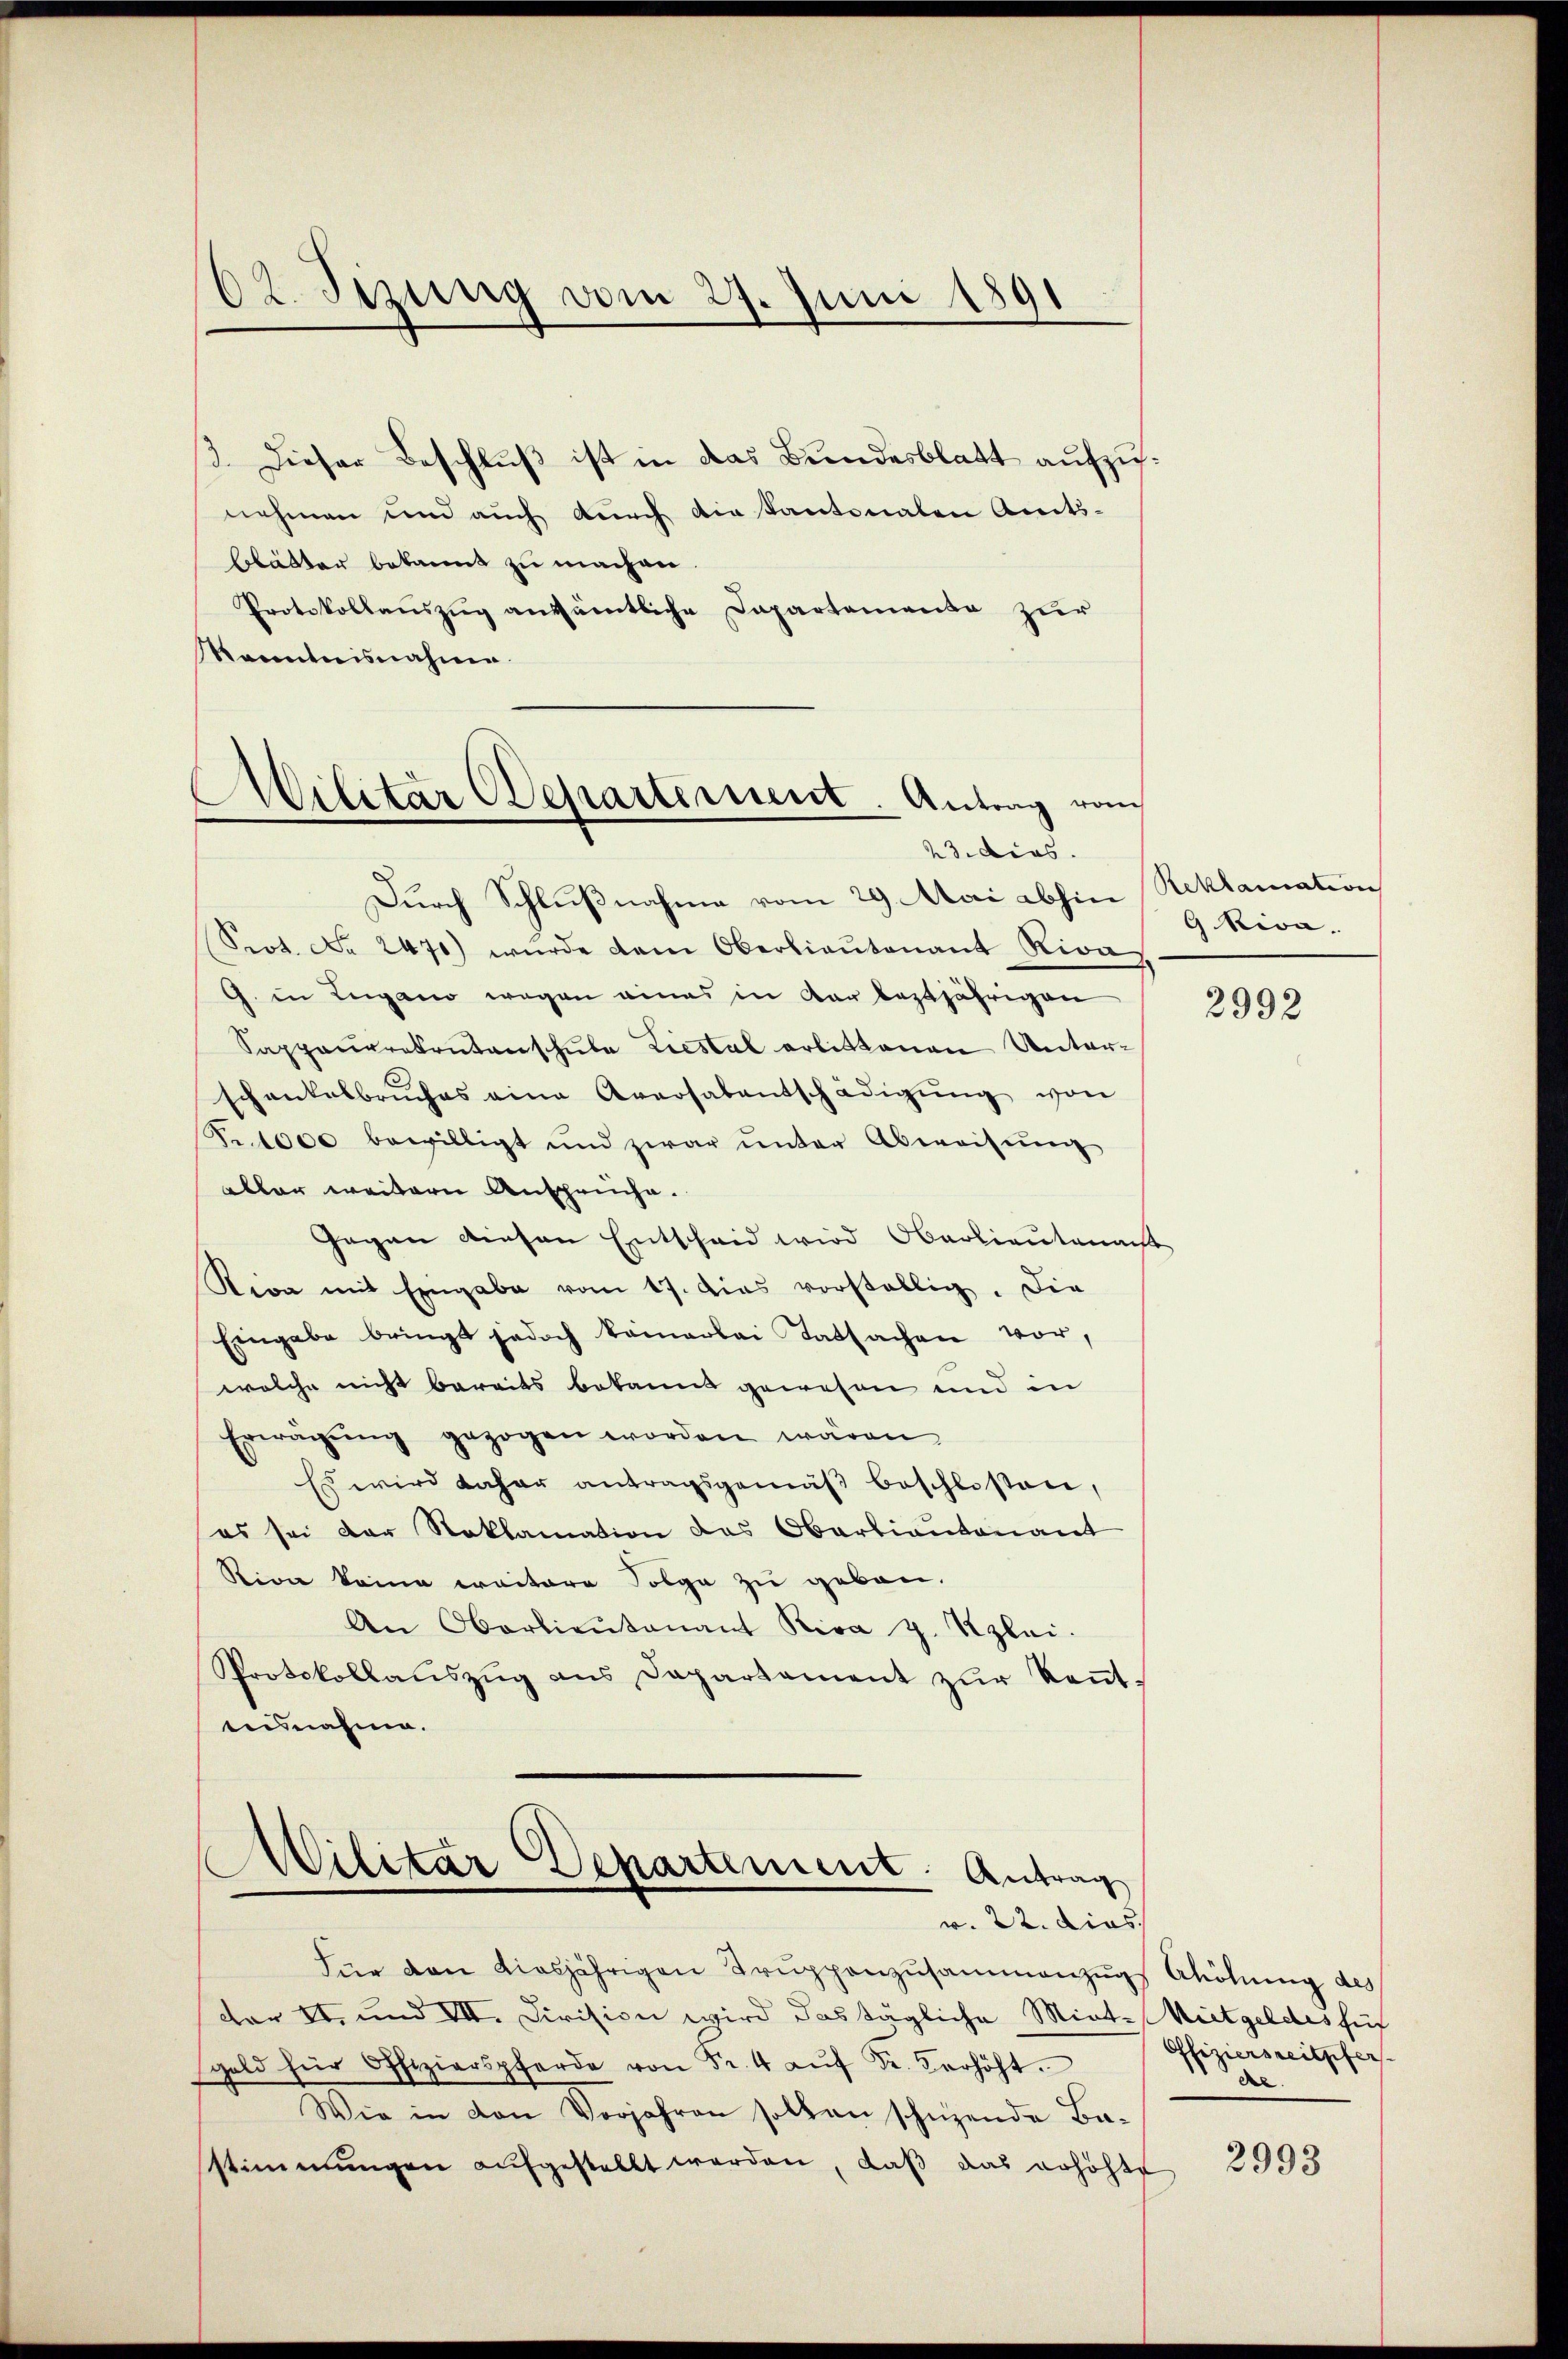
dt. Sizung vom 27. Juni 1891

3. Dieser Beschluß ist in das Bundesblatt aufzunehmen und auch durch die Kantonalen Amts-
blätter bekannt zu machen.
Protokollauszug aussämtliche Dapartemente zur
Ranntnisnahme.

.
clitar Departement. Antrag vom
23. dies

Durch Schlußnahme vom 29. Mai abhin Reklamation
Seot. No 2470) wurde dem Oberlieŭtenant Riva
G. in Lugano wegen eines in der leztjährigen
Sappauvrekrutenschule Liestal erlittenen Unterschenkelbrŭches eine Aversalentschädigŭng von
Fr. 1000 bewilligt und zwar unter Abweisung
abler weitern Ansprüche.
Gegen diesen Entscheid wird Oberlieutenacht
Kion mit Eingabe vom 17. dies vorstellig. Die
Eingabe bringt jedoch kamerlei Tatsachen vor,
welche nicht bereits bekannt gewesen und in
Erwägŭng gezogen worden wären
Es wird daher antragsgemäβ beschlossen,
es sei der Reklamation des Obertiautenant
Rivie keine weitere Folge zu geben.
An Oberlieŭtenant Riva z. Kzlei.
Protokollaŭszŭg ans Departement zŭr Keṅt-
eusnahme.

Militar Departement. Antrag
w. 22. dies

G. Riva.

Für den diesjährigen Truppenzusammenzugs Ahöhung des
For 11. und VII. Division wird das tägliche Miete Mietgeldes füh
geld für Offizierspferde von Fr. 4 aŭf Fr. Verhöht.
Wie in von Vorjahren sollen schuzende Ba-
stimmungen aufgestellt werden, daβ das erhöhte

2992

Offiziersreitpfer
de

2993